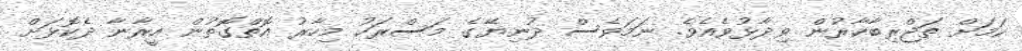
ކަމަށް ތަޖްރިބާކާރުން ވިދާޅުވެއެވެ. ނަމަވެސް ދުނިޔޭގެ މަސްރަހު މިހާރު އޮތްގޮތުން އީރާނާ ދެކޮޅަށް